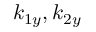
k _ { 1 y } , k _ { 2 y }